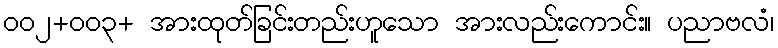
ဝဝ၂+ဝဝ၃+ အားထုတ်ခြင်းတည်းဟူသော အားလည်းကောင်း။ ပညာဗလံ၊